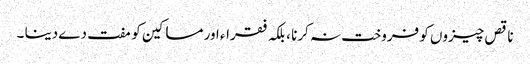
ناقص چیزوں کو فروخت نہ کرنا ، بلکہ فقراء اور مساکین کو مفت دے دینا ۔